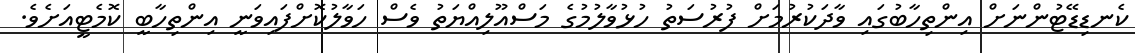
ކެނޑިޑޭޓުންނަށް އިންތިހާބުގައި ވާދަކުރުމަށް ފުރުސަތު ހުޅުވާލުމުގެ މަސްއޫލިއްޔަތު ވެސް ހަވާލުކޮށްފައިވަނީ އިންތިހާބީ ކޮމެޓީއަށެވެ.